Annual administration report of the Civil Veterinary Department of India - 1898-1899
Year: 1898
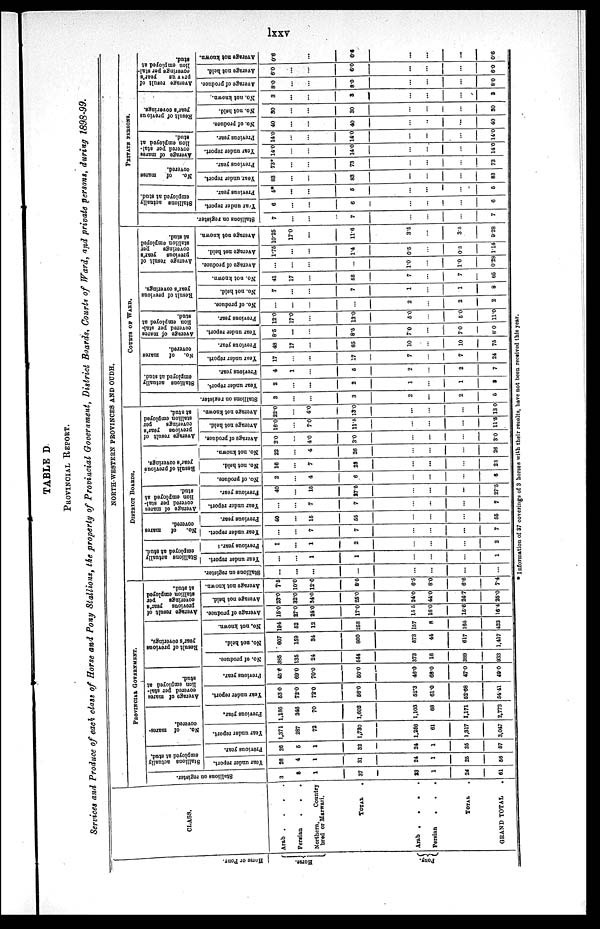
lxxv
TABLE D
PROVICIAL REPORT.
Service, and Produce of each class of Horse and Pony Stallions, the property of Provincial Government, District Boards, Courts of Ward, and private persons, during 1898-99.
Hor s e or Pony.
Horse.
Pony.
CLASS.
Arab .
.
.
.
Persian
.
.
.
Northern,
Country
bred or Marwari.
TOTAL
.
Arab
.
. . .
Persian
.
.
.
TOTAL .
GRAND TOTAL .
NORTH-WESTERN PROVINCES AND OUDH.
PROVINCIAL GOVERNMENT.
Stallions on register.
3
5
1
37
23
1
24
61
Stallions actually
employed at stud,
Year under report.
26
4
1
31
24
1
25
56
Previous year.
26
6
1
32
24
1
26
57
No.
of mares-
covered.
Year under report.
1,371
287
72
1,730
1,256
61
1,317
3,017
Previous year.
1,186
346
70
1,602
1,103
68
1,171
2,773
Average of mares
covered per stal-
lion employed at
stud.
Year under report.
53.0
72.0
72.0
56.0
52.3
610
52.68
54.41
Previous year.
45.6
69.0
70.0
50.0
46.0
68.0
47.0
49.0
Result
of previous
year's coverings.
No. of produce.
385
135
24
544
373
16
389
933
No, not held.
607
169
34
800
573
44
617
1,417
No, not known.
194
52
12
258
157
8
165
423
Average result of
previous year's
coverings
per
stallion employed
at stud.
Average of produce.
15.0
27.0
24.0
17.0
15.5
16.0
15.6
16.4
Average not held.
23.0
32.0
84.0
25.0
24.0
44.0
24.7
25.0
Average not known.
7.5
10.0
12.0
8.0
6.5
8.0
6.6
7.4
DISTRIOT BOARDS.
Stallions on register.
...
...
...
...
...
...
...
...
Stallions actually
employed at stud.
Year under report.
...
...
1
1
...
...
...
1
Previous year.
1
...
1
2
...
...
...
2
No.
of
mares
covered.
Year under report.
...
...
7
7
...
...
...
7
Previous year.
40
...
15
55
...
...
...
55
Average of mares
covered per stal-
lion employed at
stud.
Year under report.
...
...
7
7
...
...
...
7
Previous year.
40
...
15
27.5
...
...
...
27.5
Result of previous
year's coverings.
No. of produce.
2
...
4
6
...
...
...
6
No. not held.
16
...
7
23
...
...
...
23
No. not known.
22
...
4
26
...
...
...
26
Average result of
previous year's
coverings
per
stallion employed
at stud.
Average of produce.
2.0
...
4.0
3.0
...
...
...
3.0
Average not held.
16.0
...
7.0
11.5
...
...
...
11.5
Average not known.
22.0
...
4.0
13.0
...
...
...
13 0
COURTS OF WARD.
Stallions on register.
3
...
...
3
2
...
2
5
Stallions actually
employed at stud.
Year under report.
2
...
...
2
1
...
1
3
Previous year.
4
1
...
6
2
...
2
7
No. of mares
covered.
Year under report.
17
...
...
17
7
...
7
24
Previous year.
48
17
...
65
10
...
10
75
Average of mares
lion employed at
stud.
Year under report.
8.5
...
...
8.5
7.0
...
7.0
8.0
Previous year.
12.0
17.0
...
13.0
5.0
...
5.0
11.0
Result of previous
year's coverings.
No. of produce.
...
...
...
...
2
...
2
2
No. not held.
7
...
...
7
1
...
1
8
No. not known.
41
17
...
58
7
...
7
65
Average result of
previous year's
coverings
per
stallion employed
at stud.
Average of produce.
...
...
...
...
1.0
...
10
0.28
Average not held.
1.75
...
...
1.4
0.5
...
05
1.14
Average not known.
10.25
17.0
...
11.6
3.5
...
3.5
9.28
PRIVATE PERSONS.
Stallions on register.
7
...
...
7
...
...
...
7
Stallions actually
employed at stud.
Year
under report.
6
...
...
6
...
...
...
6
Previous year.
5*
...
...
6
...
...
...
5
No.
of
mares
covered.
Year, under report.
83
...
...
83
...
...
...
83
Previous year.
73*
...
...
73
...
...
...
73
Average of mares
covered per stal-
lion employed at
stud.
Year under report.
14.0
...
...
14.0
...
...
...
14.0
Previous year.
14.0
...
...
14.0
...
...
...
14.0
Result
of previous
year's coverings.
No. of produce.
40
...
...
40
...
..
...
40
No. not held.
30
...
...
30
...
...
...
30
No. not known.
3
...
...
3
...
...
...
3
Average result of
previus
year's
coverings per stal-
lion employed at
stud.
Average of produce.
8.0
...
...
8.0
...
...
...
8.0
Average not held.
6.0
...
...
6.0
...
...
...
6.0
Average not known.
0.6
...
0.6
...
...
...
0.6
* Information of 37 coverings of 3 horses with their resalts, have not been received this year.